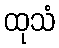
ထုသံ